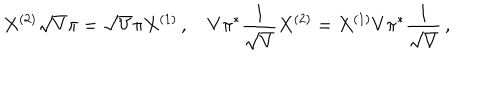
X ^ { ( 2 ) } \sqrt { V } \pi = \sqrt { V } \pi X ^ { ( 1 ) } \, , \quad V \pi ^ { * } \frac { 1 } { \sqrt { V } } X ^ { ( 2 ) } = X ^ { ( 1 ) } V \pi ^ { * } \frac { 1 } { \sqrt { V } } \, ,